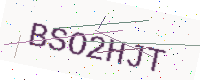
Text: BSO2HJT